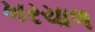
ખરચાળ